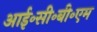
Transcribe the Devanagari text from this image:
आई॰सी॰बी॰एम